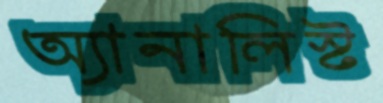
অ্যানালিস্ট